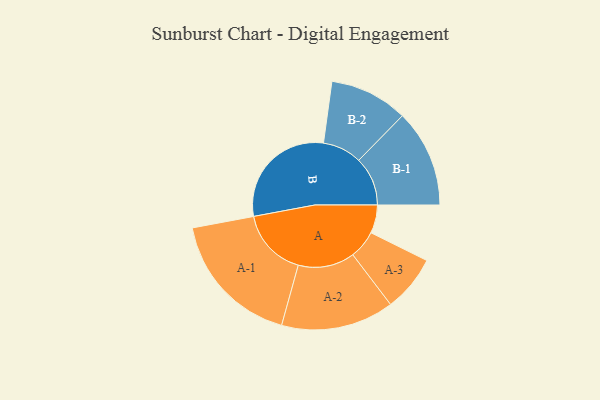
{"axis": {"x": "Segment", "y": "Value"}, "legend": ["", "A", "B"], "data": [{"x": "A", "y": 111, "type": ""}, {"x": "B", "y": 456, "type": ""}, {"x": "A-1", "y": 269, "type": "A"}, {"x": "A-2", "y": 222, "type": "A"}, {"x": "A-3", "y": 111, "type": "A"}, {"x": "B-1", "y": 192, "type": "B"}, {"x": "B-2", "y": 154, "type": "B"}]}